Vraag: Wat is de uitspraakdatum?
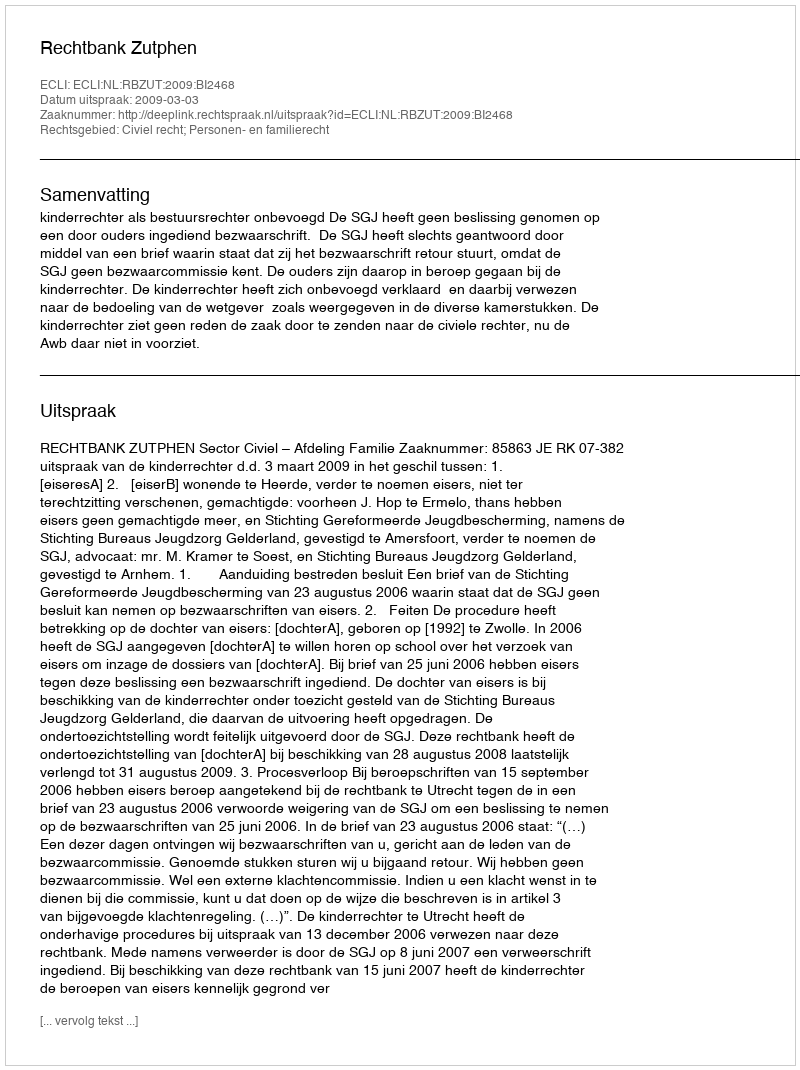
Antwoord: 2009-03-03